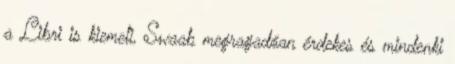
a Libri is kiemeli, Swaab megragadóan érdekes és mindenki